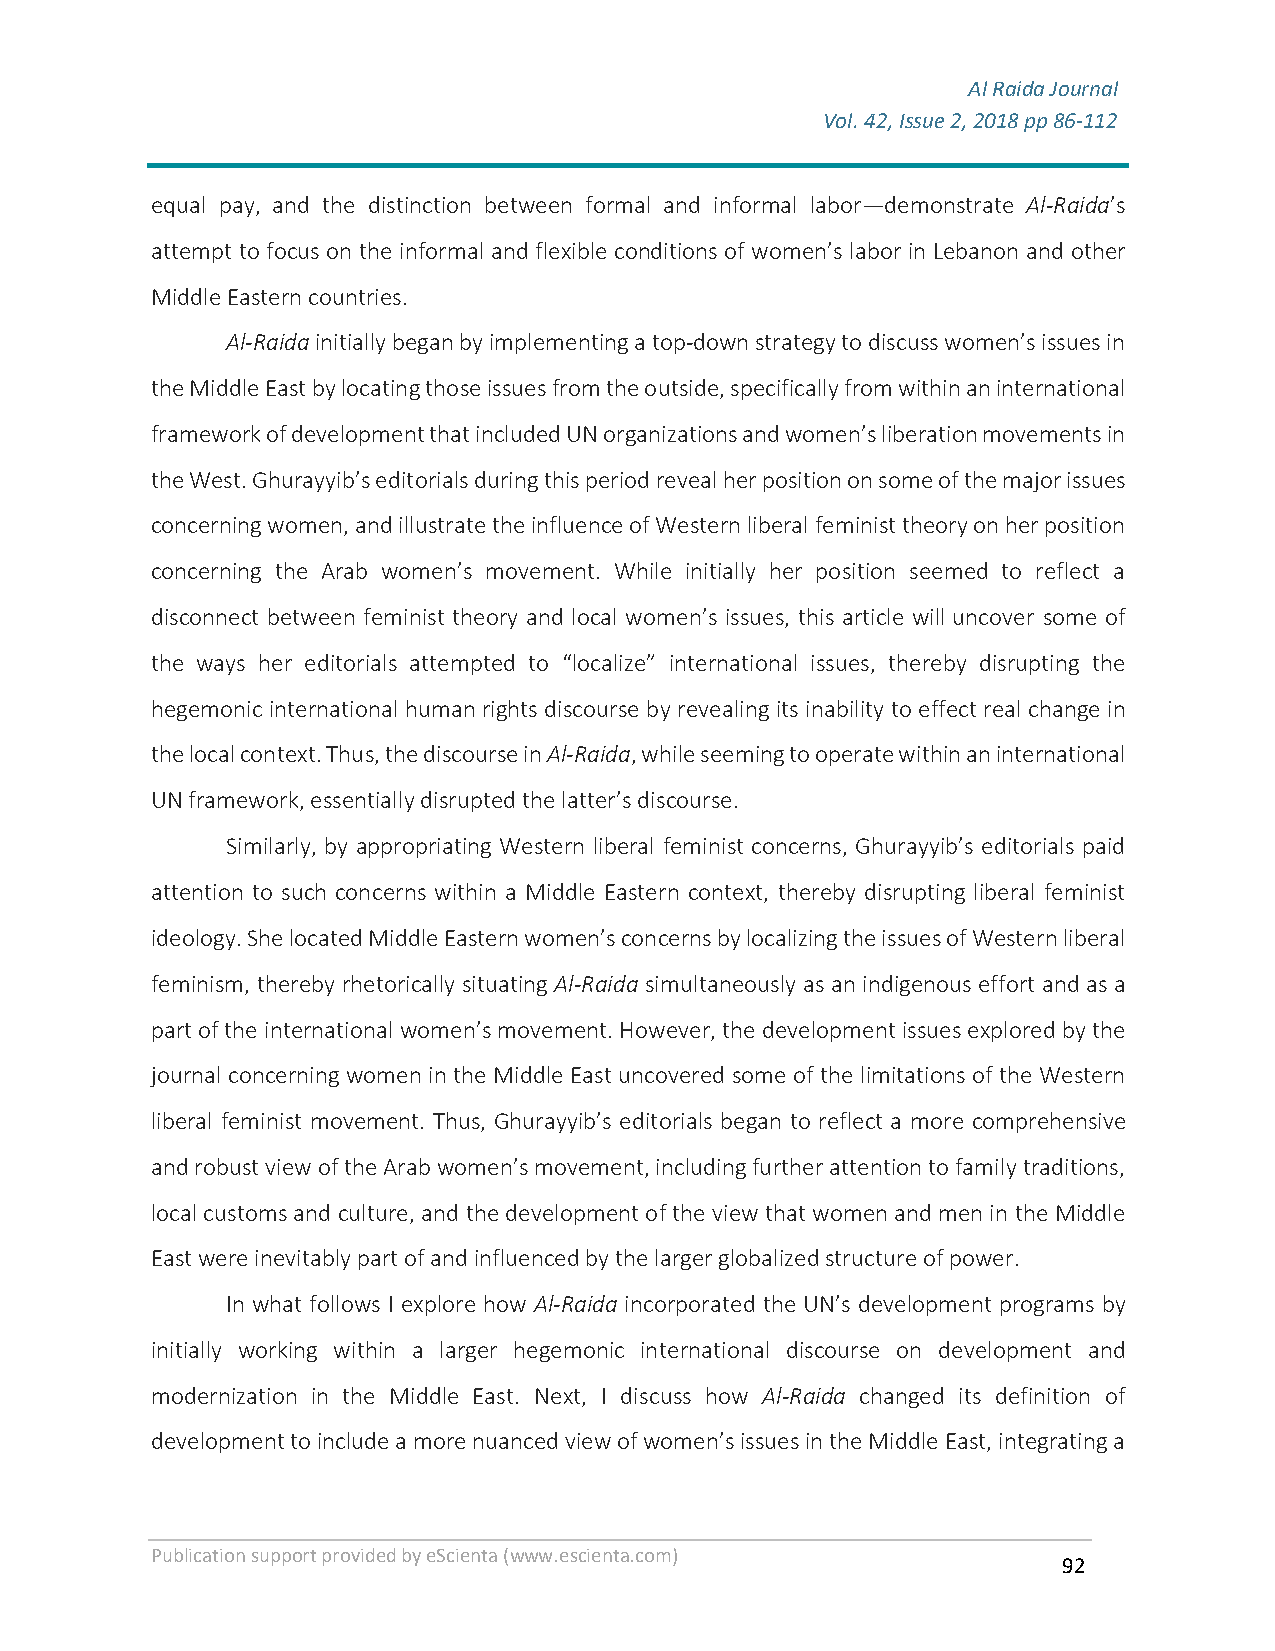
Al Raida Journal
 Vol. 42, Issue 2, 2018 pp 86-112
 F
 equal pay, and the distinction between formal and informal labor—demonstrate Al-Raida’s
 attempt to focus on the informal and flexible conditions of women’s labor in Lebanon and other
 Middle Eastern countries.
 Al-Raida initially began by implementing a top-down strategy to discuss women’s issues in
 the Middle East by locating those issues from the outside, specifically from within an international
 framework of development that included UN organizations and women’s liberation movements in
 the West. Ghurayyib’s editorials during this period reveal her position on some of the major issues
 concerning women, and illustrate the influence of Western liberal feminist theory on her position
 concerning the Arab women’s movement. While initially her position seemed to reflect a
 disconnect between feminist theory and local women’s issues, this article will uncover some of
 the ways her editorials attempted to “localize” international issues, thereby disrupting the
 hegemonic international human rights discourse by revealing its inability to effect real change in
 the local context. Thus, the discourse in Al-Raida, while seeming to operate within an international
 UN framework, essentially disrupted the latter’s discourse.
 Similarly, by appropriating Western liberal feminist concerns, Ghurayyib’s editorials paid
 attention to such concerns within a Middle Eastern context, thereby disrupting liberal feminist
 ideology. She located Middle Eastern women’s concerns by localizing the issues of Western liberal
 feminism, thereby rhetorically situating Al-Raida simultaneously as an indigenous effort and as a
 part of the international women’s movement. However, the development issues explored by the
 journal concerning women in the Middle East uncovered some of the limitations of the Western
 liberal feminist movement. Thus, Ghurayyib’s editorials began to reflect a more comprehensive
 and robust view of the Arab women’s movement, including further attention to family traditions,
 local customs and culture, and the development of the view that women and men in the Middle
 East were inevitably part of and influenced by the larger globalized structure of power.
 In what follows I explore how Al-Raida incorporated the UN’s development programs by
 initially working within a larger hegemonic international discourse on development and
 modernization in the Middle East. Next, I discuss how Al-Raida changed its definition of
 development to include a more nuanced view of women’s issues in the Middle East, integrating a
 Publication support provided by eScienta (www.escienta.com)
 92